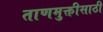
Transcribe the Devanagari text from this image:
ताणमुक्तीसाठी